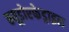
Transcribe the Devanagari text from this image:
स्यूडोएफेड्राइन